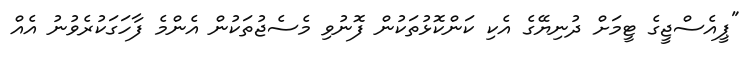
"ޕީއެސްޖީގެ ޓީމަށް ދުނިޔޭގެ އެކި ކަންކޮޅުތަކުން ފޮނުވި މެސެޖުތަކުން އެންމެ ފާހަގަކުރެވުނު އެއް